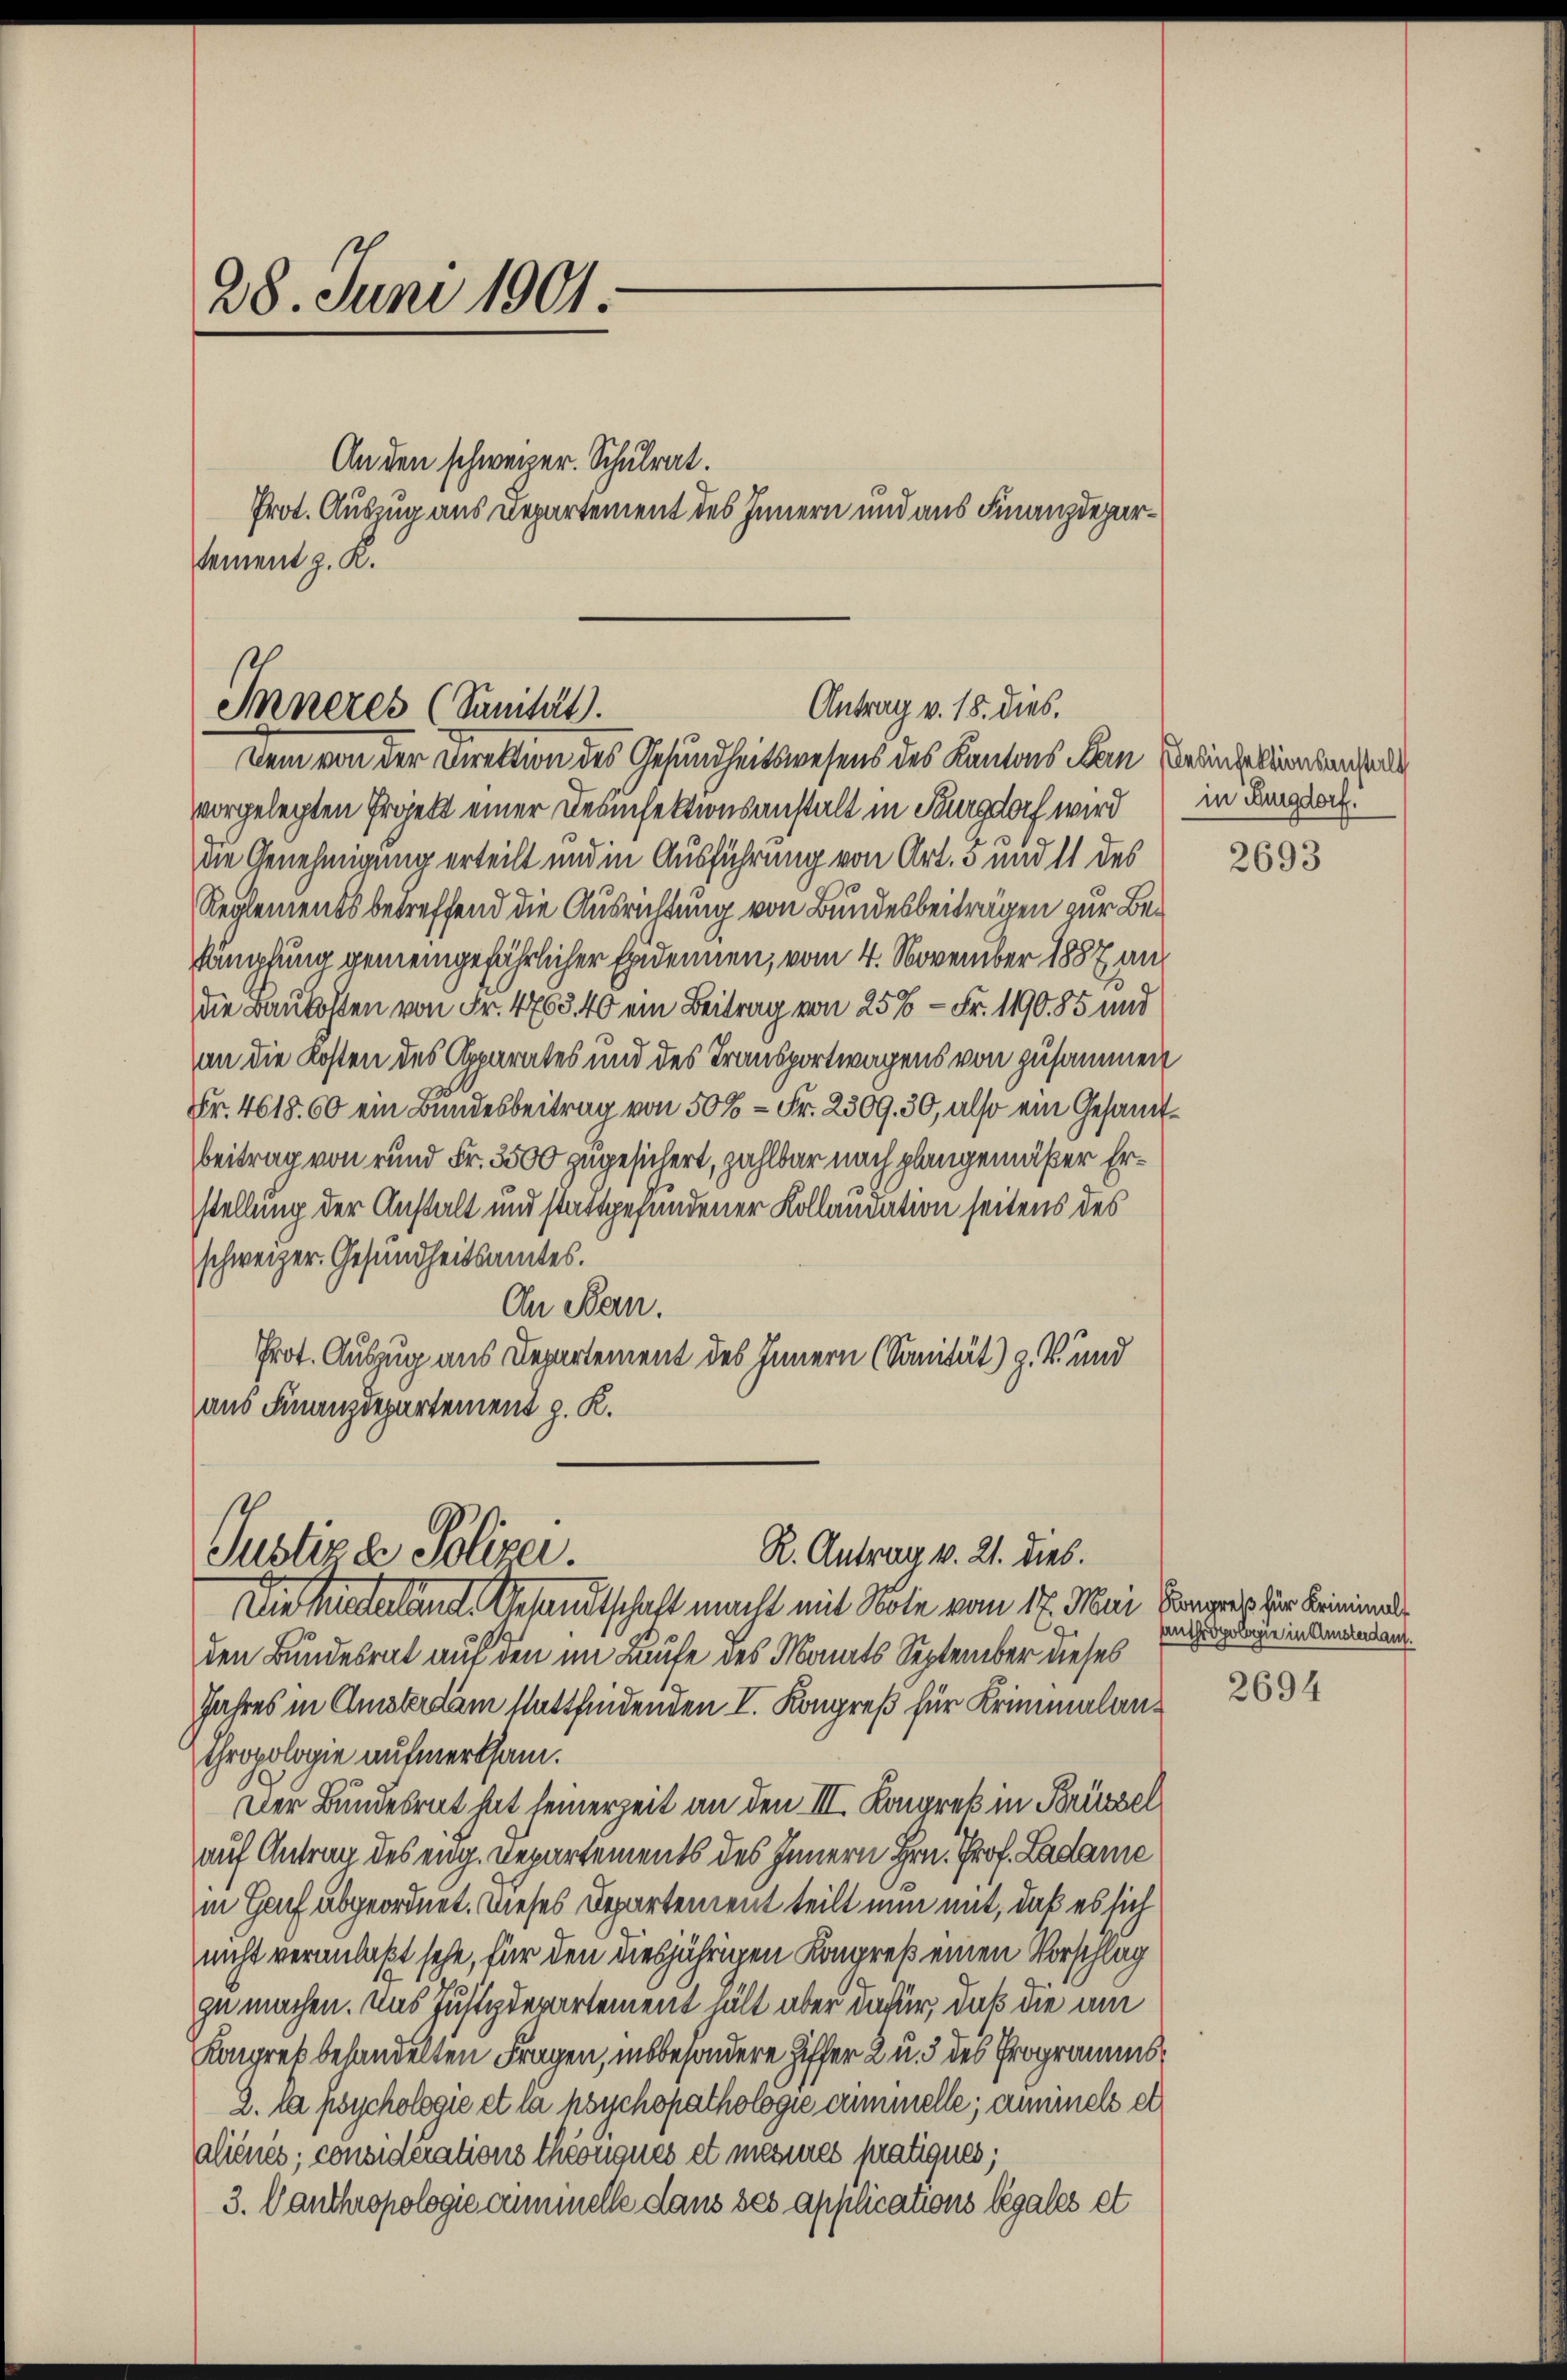
28. Juni 1901.

An den schweizer. Schulrat.
Prot. Auszug aus Departement des Innern und aus Finanzdepartement z. K.

Antrag v. 18. dies,
Inneres (Sanität.
Dem von der Direktion des Gesundheitswesens des Kantons an einzellarbenkl

vorgelegten Projekt einer Desinfektionsanstalt in Furgdorf wird
die Genehmigung erteilt und in Ausführung von Art. 5 und 11 des
Reglements betreffend die Ausrichtung von Bundesbeiträgen zur Bekämpfung gemeingefährlicher Epidenen, vom 4. November 1887 auf
die Baukosten von Fr. 4763. 40 ein Beitrag von 25% - Fr. 1190. 85 und
an die Kosten des Apparates und des Transportwagens von zusammen
Fr. 4618. 60 ein Bundesbeitrag von 50% = Fr. 2309. 30, also ein Gesamtbeitrag von rund Fr. 3500 zugesichert, zahlbar nach plangemäßer Erstellung der Anstalt und stattgefundener Kollaudation seitens des
schweizer. Gesundheitsamtes.
On Ban.
Prot. Auszug aus Departement des Innern (Sanität) z. B. und
aus Finanzdepartement z. K.

R. Antrag v. 21. dies.
Justiz & Polizei.
Die Mitteland. Gesandtschaft macht mit Note vom 17. Mai, Horges der Beiminal¬

den Bundesrat auf den im Laufe des Monats September dieses
Jahres in Amsterdam stattfindenden I. Kongreß für Kriminalanthropologie aufmerksam.
Der Bundesrat hat seinerzeit an den III. Kongrek in Brüssel
auf Antrag des eng. Departements des Innern Hrn. Prof. Ladame
in Hof abgeordnet. Dieses Departement teilt nun mit, daß es sich
nicht veranlaßt sehe, für den diesjährigen Kongreß einen Vorschlag
zu machen. Das Justizdepartement hält aber dafür, daß die am
Kongreß behandelten Fragen, insbesondere Ziffer 2 u. 5 des Programms¬
2. la psychologie et la psychopathologie dummelle; annimels et
aliénés; considérations theongues et meines pratiques;
3. Canthropologie immelle dans des applications légales et

in Burgdorf.

2693

anthropologie in Amsterdam.

2694